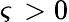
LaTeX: \varsigma\, >0